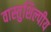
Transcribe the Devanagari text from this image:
वास्‍तुशिल्‍पीय